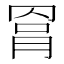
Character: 𦋀